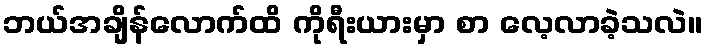
ဘယ်အချိန်လောက်ထိ ကိုရီးယားမှာ စာ လေ့လာခဲ့သလဲ။